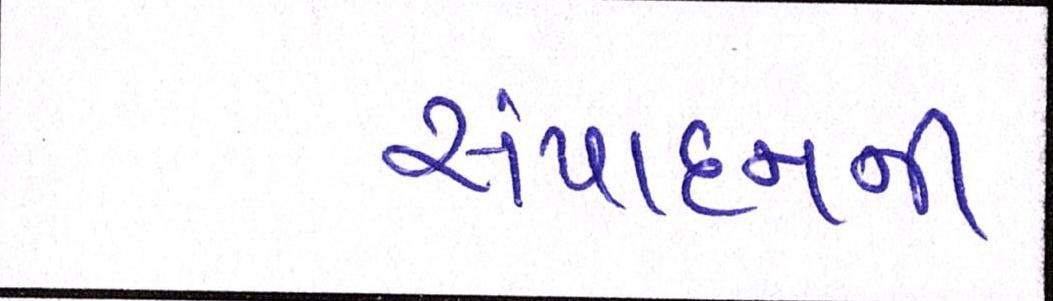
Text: સંપાદનની